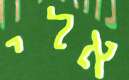
אלי